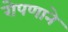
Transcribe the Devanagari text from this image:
रोपणाने